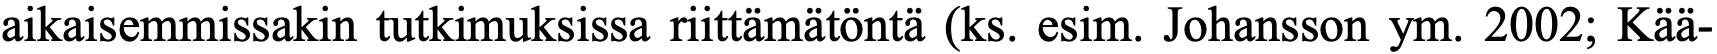
aikaisemmissakin tutkimuksissa riittämätöntä (ks. esim. Johansson ym. 2002; Kää-